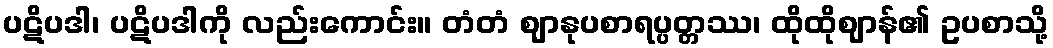
ပဋိပဒါ၊ ပဋိပဒါကို လည်းကောင်း။ တံတံ ဈာနုပစာရပ္ပတ္တဿ၊ ထိုထိုဈာန်၏ ဥပစာသို့